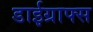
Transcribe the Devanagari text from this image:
डाईग्राफ्स